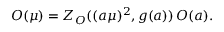
{ \cal O } ( \mu ) = Z _ { \cal O } ( ( a \mu ) ^ { 2 } , g ( a ) ) \, { \cal O } ( a ) .